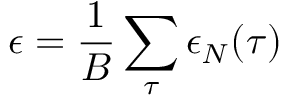
\epsilon = \frac { 1 } { B } \sum _ { \tau } \epsilon _ { N } ( \tau )